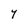
Character: Y